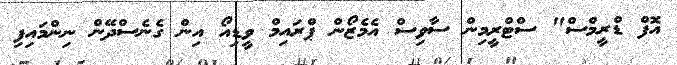
އޮފް ޑްރީމްސް" ސްޓްރީމިން ސާވިސް އެމެޒޯން ޕްރައިމް ވީޑިއޯ އިން ގެނެސްދޭން ނިންމައިފި